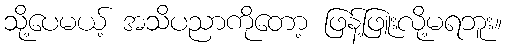
သို့ပေမယ့် အသိပညာကိုတော့ ဖြန့်ဖြူးလို့မရဘူး။